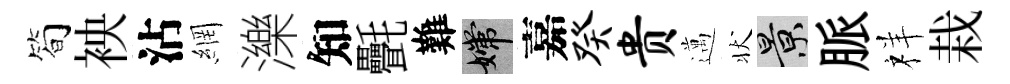
简䘧沾網濼知㲲難嫦嘉癸贵邁状景脈祥栽